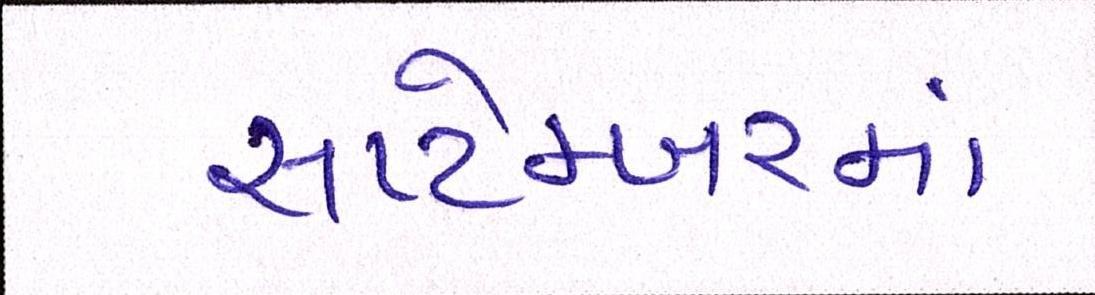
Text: સપ્ટેમ્બરમાં